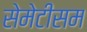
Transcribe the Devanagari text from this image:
सेमेटीसम